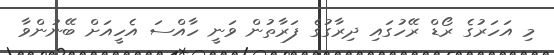
މި އަހަރުގެ ރޯޑް ރޭހުގައި ދިރާގުގެ ފަރާތުން ވަނީ ހާއްސަ އެހީއަށް ބޭނުންވާ